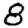
Digit: 8